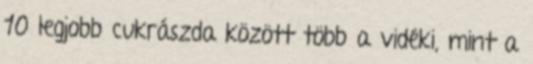
10 legjobb cukrászda között több a vidéki, mint a